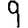
Digit: 9